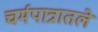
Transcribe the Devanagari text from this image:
चर्मपात्रातले